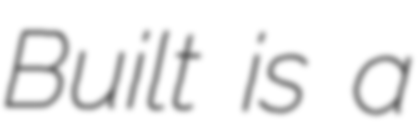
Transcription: Built is a